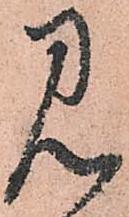
見